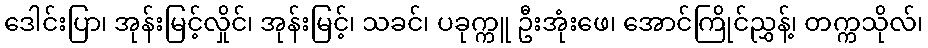
ဒေါင်းပြာ၊ အုန်းမြင့်လှိုင်၊ အုန်းမြင့်၊ သခင်၊ ပခုက္ကူ ဦးအုံးဖေ၊ အောင်ကြိုင်ညွှန့်၊ တက္ကသိုလ်၊